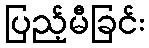
ပြည့်မီခြင်း